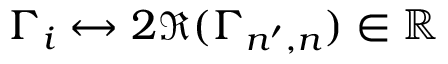
\Gamma _ { i } \leftrightarrow 2 \Re ( \Gamma _ { n ^ { \prime } , n } ) \in \mathbb { R }